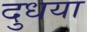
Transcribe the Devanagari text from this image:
दुधया